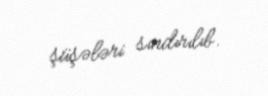
şüşələri sındırılıb.